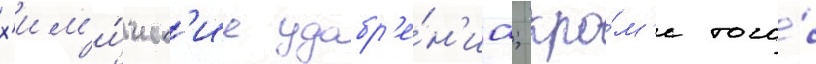
х'им'и́ческ'ие удобр'е́н'иа; кро́м'е того́